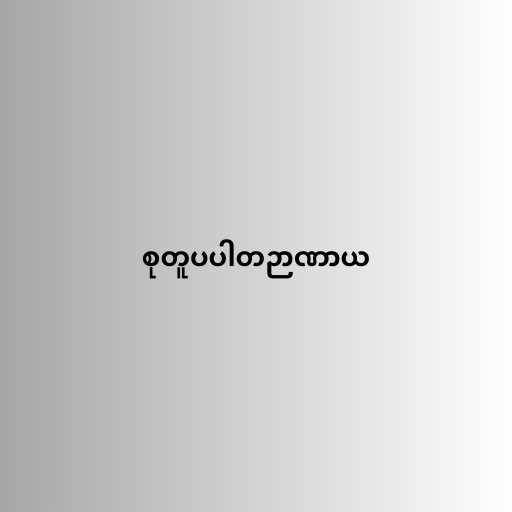
စုတူပပါတဉာဏာယ